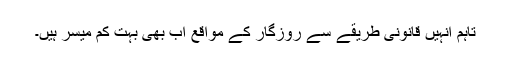
تاہم انہیں قانونی طریقے سے روزگار کے مواقع اب بھی بہت کم میسر ہیں۔